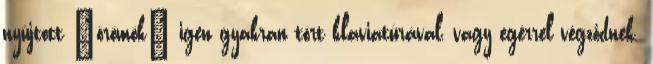
nyújtott "örömök" igen gyakran tört klaviatúrával, vagy egérrel végződnek.